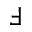
\Finv